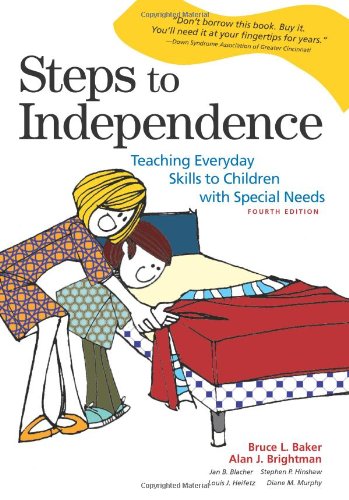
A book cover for Steps to Independence: Teaching Everyday Skills to Children with Special Needs, Fourth Edition; Bruce L. Baker; Education & Teaching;